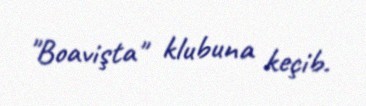
"Boavişta" klubuna keçib.